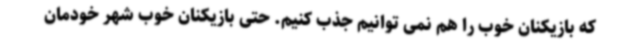
که بازیکنان خوب را هم نمی توانیم جذب کنیم. حتی بازیکنان خوب شهر خودمان